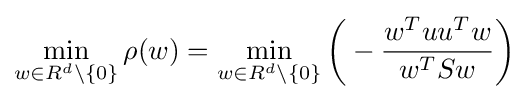
\min _{w\in R^{d}\backslash \{0\}}\rho (w)=\min _{w\in R^{d}\backslash \{0\}}{\bigg (}-{\frac {w^{T}uu^{T}w}{w^{T}Sw}}{\bigg )}